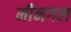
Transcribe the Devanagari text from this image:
मीनगल